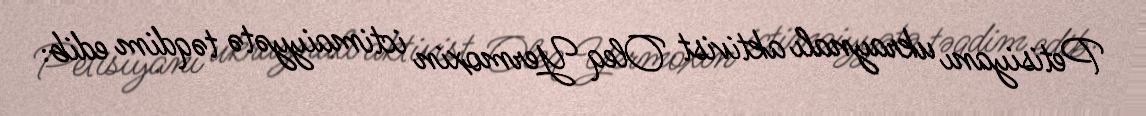
Petisiyanı ukraynalı aktivist Oleq Yermoxin ictimaiyyətə təqdim edib: